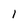
Character: l